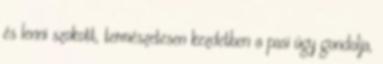
és lenni szokott, természetesen kezdetben a pasi úgy gondolja,